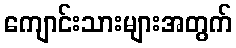
ကျောင်းသားများအတွက်